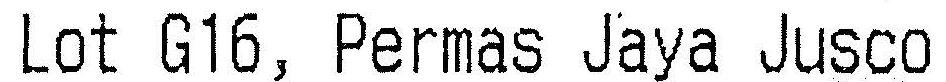
LOT G16, PERMAS JAYA JUSCO